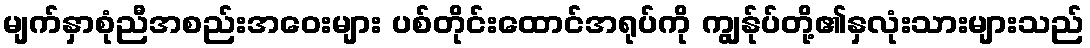
မျက်နှာစုံညီအစည်းအဝေးများ ပစ်တိုင်းထောင်အရုပ်ကို ကျွန်ုပ်တို့၏နှလုံးသားများသည်